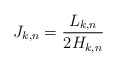
\begin{align*}J_{k,n} = \frac{L_{k,n}}{2H_{k,n}}\end{align*}